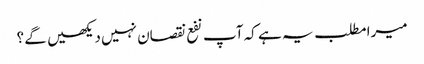
میرا مطلب یہ ہے کہ آپ نفع نقصان نہیں دیکھیں گے ؟